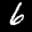
Label: 6